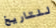
للتاريخ